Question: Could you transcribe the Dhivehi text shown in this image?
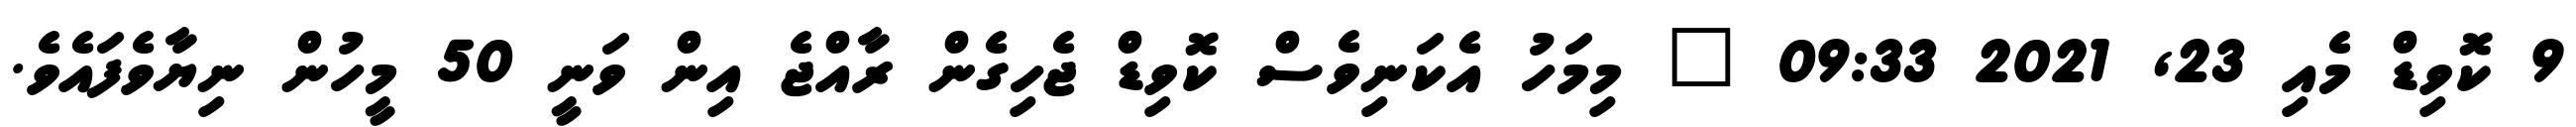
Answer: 9 ކޮވިޑް މެއި 23, 2021 09:33 " މިމަހު އެކަނިވެސް ކޮވިޑް ޖެހިގެން ރާއްޖެ އިން ވަނީ 50 މީހުން ނިޔާވެފައެވެ.